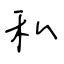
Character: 私